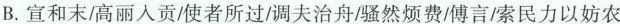
B. 宣和末/高丽人贡/使者所过/调夫治舟/骚然烦费/傅言/索民力以妨农